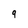
Character: 9